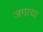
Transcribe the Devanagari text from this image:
जगत्या